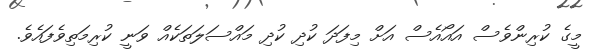
މީގެ ކުރިންވެސް އައޯއެސް އަށް މިފަދަ ކުދި ކުދި މައްސަލަތަކެއް ވަނީ ކުރިމަތިވެފައެވެ.